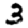
Digit: 3